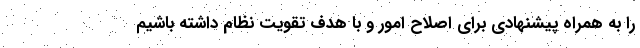
را به همراه پیشنهادی برای اصلاح امور و با هدف تقویت نظام داشته باشیم